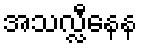
အသလ္လီနေန